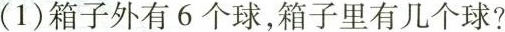
(1)箱子外有6个球，箱子里有几个球?